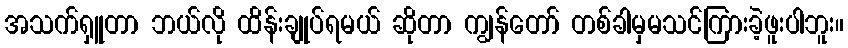
အသက်ရှူတာ ဘယ်လို ထိန်းချုပ်ရမယ် ဆိုတာ ကျွန်တော် တစ်ခါမှမသင်ကြားခဲ့ဖူးပါဘူး။